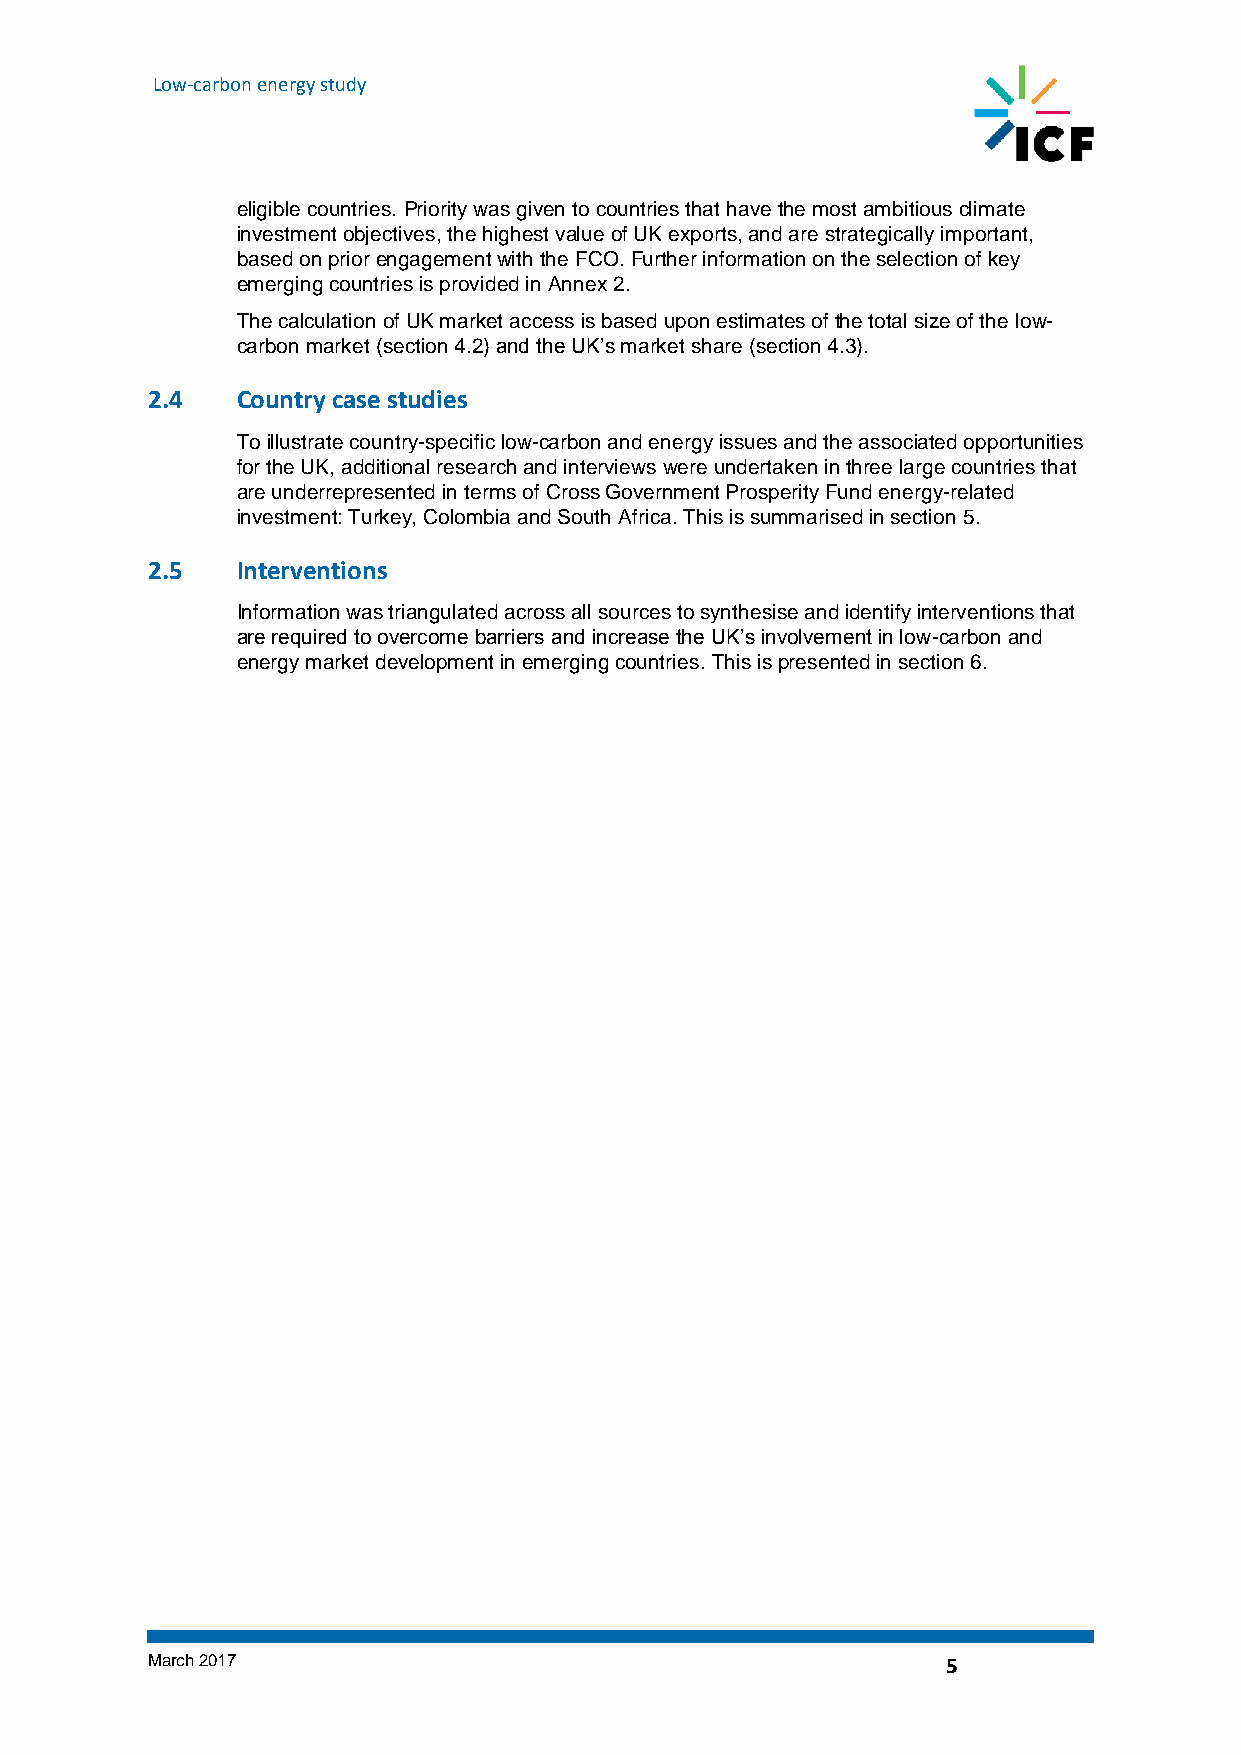
Low-carbon energy study
 eligible countries. Priority was given to countries that have the most ambitious climate
 investment objectives, the highest value of UK exports, and are strategically important,
 based on prior engagement with the FCO. Further information on the selection of key
 emerging countries is provided in Annex 2.
 The calculation of UK market access is based upon estimates of the total size of the low-
 carbon market (section 4.2) and the UK’s market share (section 4.3).
 2.4   Country case studies
 To illustrate country-specific low-carbon and energy issues and the associated opportunities
 for the UK, additional research and interviews were undertaken in three large countries that
 are underrepresented in terms of Cross Government Prosperity Fund energy-related
 investment: Turkey, Colombia and South Africa. This is summarised in section 5.
 2.5   Interventions
 Information was triangulated across all sources to synthesise and identify interventions that
 are required to overcome barriers and increase the UK’s involvement in low-carbon and
 energy market development in emerging countries. This is presented in section 6.
 March 2017                                           5